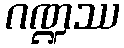
ဂဏ္ဍဿ